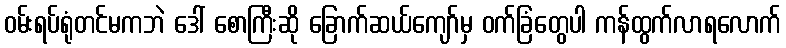
ဝမ်းရပ်ရုံတင်မကဘဲ ဒေါ် စောကြီးဆို ခြောက်ဆယ်ကျော်မှ ဝက်ခြံတွေပါ ကန်ထွက်လာရလောက်